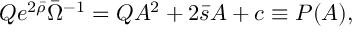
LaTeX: Q e ^ { 2 \bar { \rho } } \bar { \Omega } ^ { - 1 } = Q A ^ { 2 } + 2 \bar { s } A + c \equiv P ( A ) ,